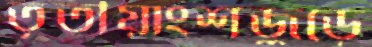
তৃতীয়াংশজুড়ে